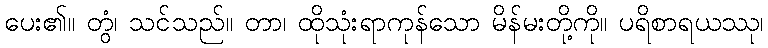
ပေး၏။ တွံ၊ သင်သည်။ တာ၊ ထိုသုံးရာကုန်သော မိန်မးတို့ကို။ ပရိစာရယဿု၊